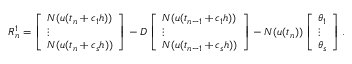
R _ { n } ^ { 1 } = \left[ \begin{array} { l } { N ( u ( t _ { n } + c _ { 1 } h ) ) } \\ { \vdots } \\ { N ( u ( t _ { n } + c _ { s } h ) ) } \end{array} \right] - D \left[ \begin{array} { l } { N ( u ( t _ { n - 1 } + c _ { 1 } h ) ) } \\ { \vdots } \\ { N ( u ( t _ { n - 1 } + c _ { s } h ) ) } \end{array} \right] - N ( u ( t _ { n } ) ) \left[ \begin{array} { l } { \theta _ { 1 } } \\ { \vdots } \\ { \theta _ { s } } \end{array} \right] .